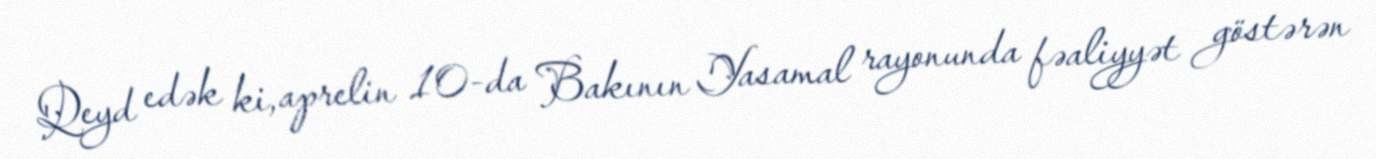
Qeyd edək ki, aprelin 10-da Bakının Yasamal rayonunda fəaliyyət göstərən